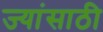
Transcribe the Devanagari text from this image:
ज्यांसाठी